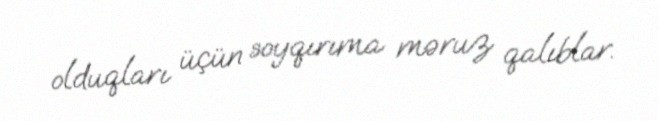
olduqları üçün soyqırıma məruz qalıblar.